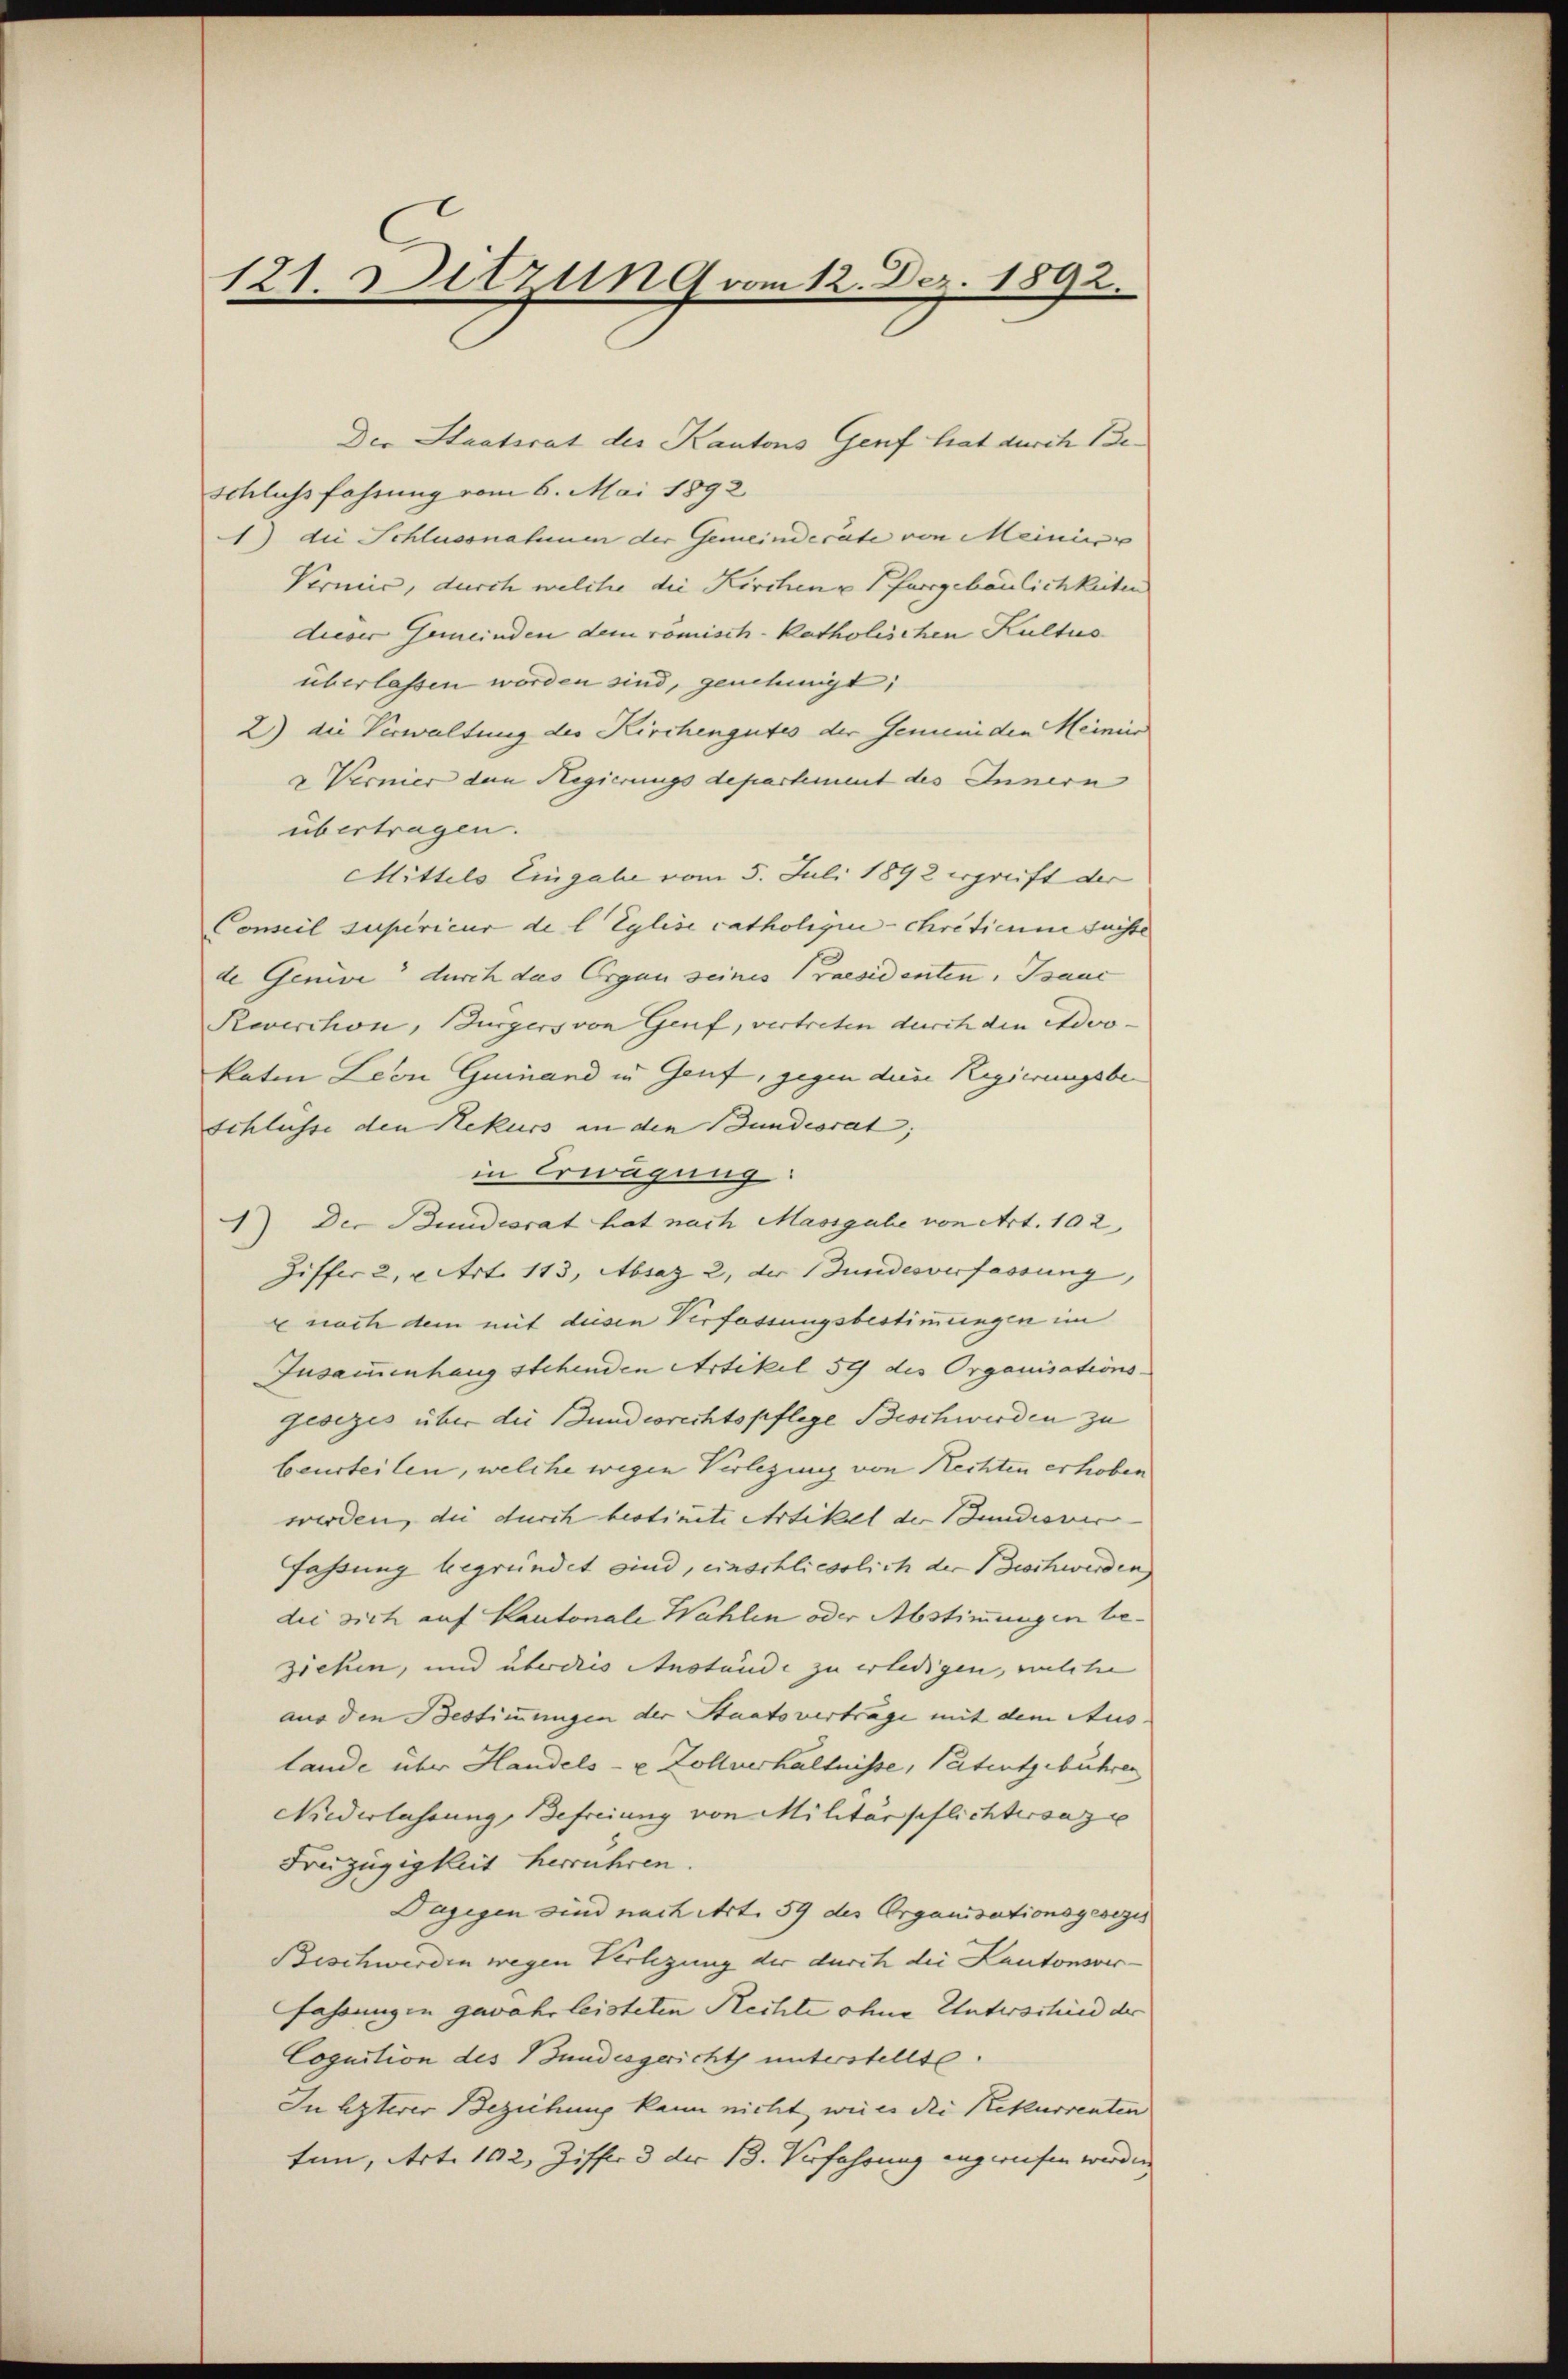
121. Ditzung vom 12. Dez. 1892.

Der Staatsrat der Kantons Genf hat durch Be¬
Schluss fahrung vom 6. Mai 1892
1) die Schlussnahmen der Gemeinderate von Meinisse
Vernić, durch welche die Kirchen u Pfarrgebäulichkeiten
dieser Gemeinden dem römisch-katholischen Kultus
überlassen worden sind, genehmigt;
2) die Verwaltung des Kirchengutes der Gemeinden Meini
u Vernier den Regierungs departement des Innern
übertragen.
Mittels Eingabe vom 5. Juli 1892 ergreift der
Concil superieur de l. Eglise catholigin - chrificum fuisse |
de Genive durch das Organ seines Praesidenten. Brauc
Roverchon, Burgers von Genf, vertreten durch den Advo- |
katen Leon Guinand in Genf, gegen der Regierungsbe¬
Schlüsse den Rekurs an den Bundesrat;
in Erwägung:
) Der Bundesrat hat nach Massgabe von Art. 102,
Ziffer 2, u. Art. 113, Absag 2, der Bundesverfassung,
nach dem mit diesen Verfassungsbestimmungen im
Iusammenhang stehenden Artikel 59 des Organisations-
gesezes über die Bundesrechtspflege Beschwerden zu
beurteilen, welche wegen Verlegung von Rechten erhoben
werden, die durch bestimite Artikel der Bundiener- |
fassung begründet sind, einschliesslich der Beschwerden,
die sich auf Kantonale Wahlen oder Abstimmungen beziehen, und überdies Anstände zu erledigen, welche
aus den Bestimmungen der Staatsverträge mit dem Aus
lande über Handels- u. Zollverhältnisse, Patentgebühren
Niederlassung, defreiung von Militärpflichtersagte
Freizügigkeit herrühren.
Dagegen sind nach Art. 59 des Organisationsgesezis
Beschwerden wegen Verlegung der durch die Kantonsverfahrungen gewahrleisteten Rechte ohne Unterschied der
Cognition des Bundesgericht unterstellte.
In lezterer Beziehung kann nicht, weils die Rekurrenten
tun, Art. 162, Ziffer 3 der 13. Verfahrung angereifen werden